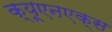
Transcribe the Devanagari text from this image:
क्यूएनएक्स